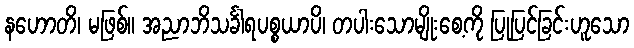
နဟောတိ၊ မဖြစ်။ အညာဘိသင်္ခါရပစ္စယာပိ၊ တပါးသောမျိုးစေ့ကို ပြုပြင်ခြင်းဟူသော